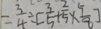
= \frac { 3 } { 4 } \div [ \frac { 3 } { 5 } + \frac { 2 } { 5 } \times \frac { 5 } { 8 } ]